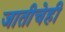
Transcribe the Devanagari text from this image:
जातीचेही